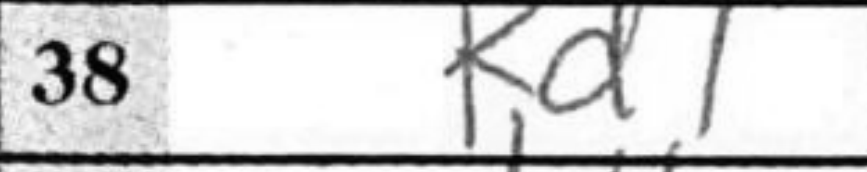
Transcription: Kd1